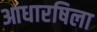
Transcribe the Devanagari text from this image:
आधारषिला